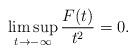
LaTeX: \begin{align*}\limsup_{t \to -\infty} \frac{F(t)}{t^2}=0.\end{align*}